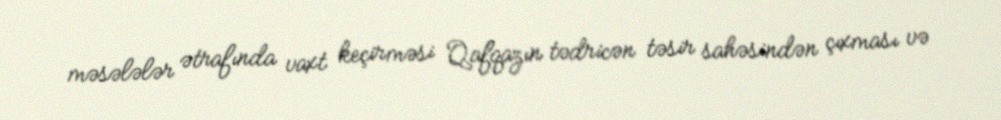
məsələlər ətrafında vaxt keçirməsi Qafqazın tədricən təsir sahəsindən çıxması və